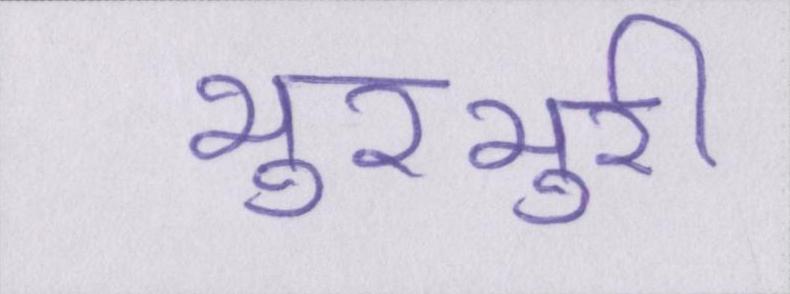
भुरभुरी